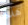
هذه